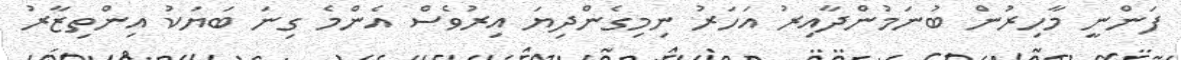
ފަންނީ މާހިރުން ބުނަމުންދާއިރު އަހަރު ނިމިގެންދިޔަ އިރުވެސް އެންމެ ގިނަ ބަޔަކު އިންތިޒާރު